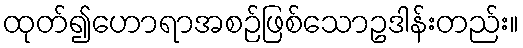
ထုတ်၍ဟောရာအစဉ်ဖြစ်သောဥဒါန်းတည်း။